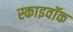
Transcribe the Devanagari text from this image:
स्काइवॉक